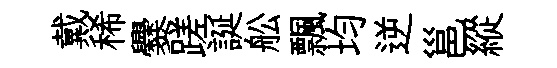
戴稀爨蹉誕舩飄均逆邕縱